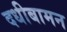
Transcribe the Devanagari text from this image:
दधीबामन